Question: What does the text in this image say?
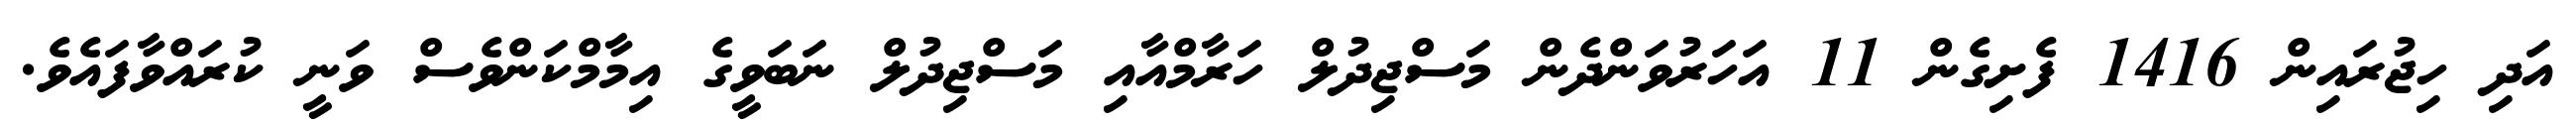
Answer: އަދި ހިޖުރައިން 1416 ފެށިގެން 11 އަހަރުވަންދެން މަސްޖިދުލް ހަރާމްއާއި މަސްޖިދުލް ނަބަވީގެ އިމާމްކަންވެސް ވަނީ ކުރައްވާފައެވެ.